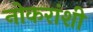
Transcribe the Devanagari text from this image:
नोकरांशी